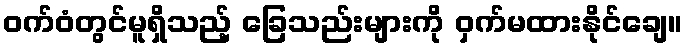
ဝက်ဝံတွင်မူရှိသည့် ခြေသည်းများကို ဝှက်မထားနိုင်ချေ။